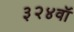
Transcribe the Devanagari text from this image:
३२४वॉ